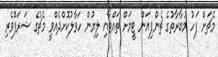
މެޗަށް ފަހު މުބާރާތުގެ ޗެންޕިއަން ޓީމަށް ތައްޓާއި ލިޔުން ހަވާލުކޮށްދެއްވީ މެޗުގެ ޝަރަފްވެރި